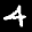
Label: 4